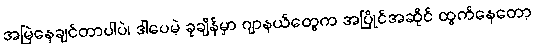
အမြဲနေချင်တာပါပဲ၊ ဒါပေမဲ့ ခုချိန်မှာ ဂျာနယ်တွေက အပြိုင်အဆိုင် ထွက်နေတော့